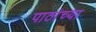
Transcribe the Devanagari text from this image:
पाठांच्या